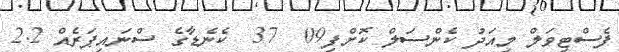
ފެސްޓިވަލް މިއަދު ކެންސަލް ކޮށްފި09  37  ކެނެޑާގެ ސްނައިޕަރެއް 2.2